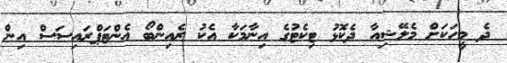
ދެ މީހަކަށް މެލޭޝިއާ ދެކޮޅު ޓިކެޓުގެ އިނާމަކާ އެކު ރެއިންބޯ އެންޓަޕްރައިސަސް އިން